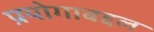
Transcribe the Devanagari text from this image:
प्रयोगाबद्दल